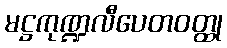
မဋ္ဌကုဏ္ဍလီပေတဝတ္ထု